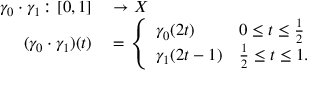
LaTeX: \begin{array} { r l } { \gamma _ { 0 } \cdot \gamma _ { 1 } \colon [ 0 , 1 ] } & { { } \to X } \\ { ( \gamma _ { 0 } \cdot \gamma _ { 1 } ) ( t ) } & { { } = { \left\{ \begin{array} { l l } { \gamma _ { 0 } ( 2 t ) } & { 0 \leq t \leq { \frac { 1 } { 2 } } } \\ { \gamma _ { 1 } ( 2 t - 1 ) } & { { \frac { 1 } { 2 } } \leq t \leq 1 . } \end{array} \right. } } \end{array}